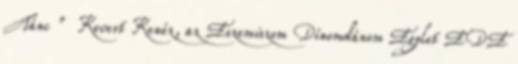
Tánc ” Kevert Kenéz, az Eszemiszom Dínomdánom Egylet EDE